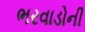
ભરવાડોની